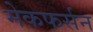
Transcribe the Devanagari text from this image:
मेकफर्सन